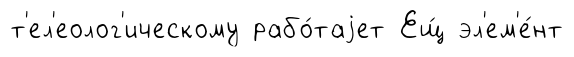
т'ел'еолог'ическому рабо́таjет Ещ́ эл'ем'е́нт